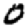
Digit: 0